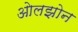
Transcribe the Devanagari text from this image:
ओलझोन